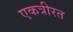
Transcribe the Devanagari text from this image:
एकत्रीरत